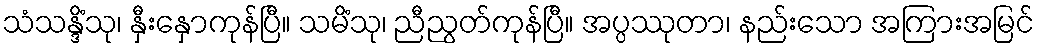
သံသန္ဒိံသု၊ နှီးနှောကုန်ပြီ။ သမိံသု၊ ညီညွတ်ကုန်ပြီ။ အပ္ပဿုတာ၊ နည်းသော အကြားအမြင်